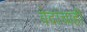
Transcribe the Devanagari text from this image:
वेदांचाही